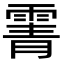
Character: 䨝